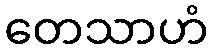
တေသာဟံ